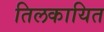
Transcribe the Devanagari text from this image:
तिलकायित